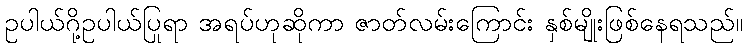
ဥပါယ်ဂို့ဥပါယ်ပြုရာ အရပ်ဟုဆိုကာ ဇာတ်လမ်းကြောင်း နှစ်မျိုးဖြစ်နေရသည်။